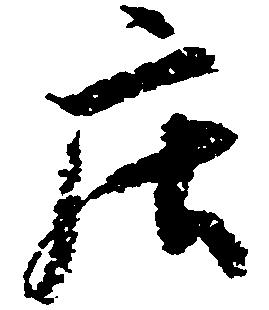
庄